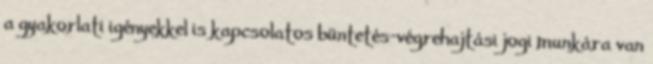
a gyakorlati igényekkel is kapcsolatos büntetés-végrehajtási jogi munkára van